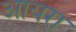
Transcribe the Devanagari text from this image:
आयरा